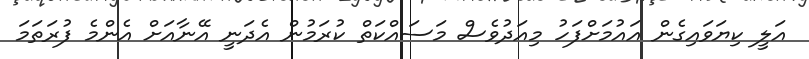
އަލީ ކިޔަވައިގެން އައުމަށްފަހު މިއަދުވެސް މަސައްކަތް ކުރަމުން އެދަނީ އޭނާއަށް އެންމެ ފުރަތަމަ